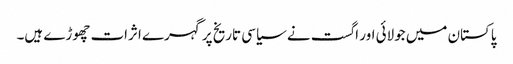
پاکستان میں جولائی اور اگست نے سیاسی تاریخ پر گہرے اثرات چھوڑے ہیں۔